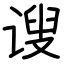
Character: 𫍲